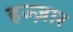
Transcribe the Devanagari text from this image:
हज्ज़ार